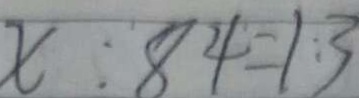
x : 8 4 = 1 : 3